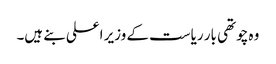
وہ چوتھی بار ریاست کے وزیر اعلی بنے ہیں۔